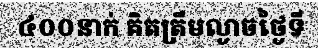
៤០០នាក់ គិតត្រឹមល្ងាចថ្ងៃទី